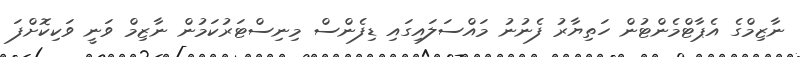
ނާޒިމްގެ އެޕާޓްމެންޓުން ހަތިޔާރު ފެނުނު މައްސަލައިގައި ޑިފެންސް މިނިސްޓަރުކަމުން ނާޒިމް ވަނީ ވަކިކޮށްފަ